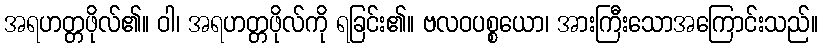
အရဟတ္တဖိုလ်၏။ ဝါ၊ အရဟတ္တဖိုလ်ကို ရခြင်း၏။ ဗလဝပစ္စယော၊ အားကြီးသောအကြောင်းသည်။